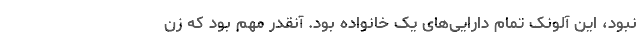
نبود، این آلونک تمام دارایی‌های یک خانواده بود. آنقدر مهم بود که زن